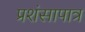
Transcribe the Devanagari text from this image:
प्रशंसापात्र